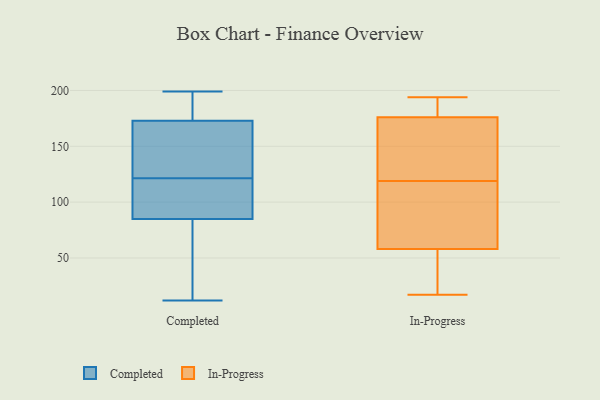
{"axis": {"x": "Website Visitors", "y": "Value"}, "legend": ["Completed", "In-Progress"], "data": [{"x": "", "y": 12, "type": "Completed"}, {"x": "", "y": 85, "type": "Completed"}, {"x": "", "y": 183, "type": "Completed"}, {"x": "", "y": 20, "type": "Completed"}, {"x": "", "y": 195, "type": "Completed"}, {"x": "", "y": 149, "type": "Completed"}, {"x": "", "y": 173, "type": "Completed"}, {"x": "", "y": 199, "type": "Completed"}, {"x": "", "y": 80, "type": "Completed"}, {"x": "", "y": 167, "type": "Completed"}, {"x": "", "y": 106, "type": "Completed"}, {"x": "", "y": 115, "type": "Completed"}, {"x": "", "y": 128, "type": "Completed"}, {"x": "", "y": 102, "type": "Completed"}, {"x": "", "y": 194, "type": "In-Progress"}, {"x": "", "y": 92, "type": "In-Progress"}, {"x": "", "y": 176, "type": "In-Progress"}, {"x": "", "y": 165, "type": "In-Progress"}, {"x": "", "y": 58, "type": "In-Progress"}, {"x": "", "y": 84, "type": "In-Progress"}, {"x": "", "y": 17, "type": "In-Progress"}, {"x": "", "y": 146, "type": "In-Progress"}, {"x": "", "y": 29, "type": "In-Progress"}, {"x": "", "y": 190, "type": "In-Progress"}]}